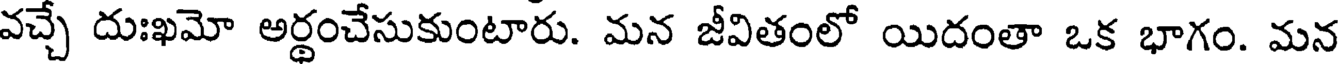
వచ్చే దుఃఖమో అర్థంచేసుకుంటారు. మన జీవితంలో యిదంతా ఒక భాగం. మన